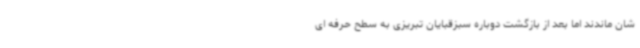
شان ماندند اما بعد از بازگشت دوباره سبزقبایان تبریزی به سطح حرفه ای